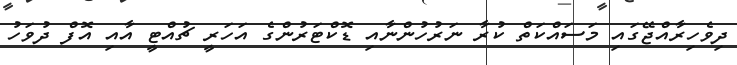
ދިވެހިރާއްޖޭގައި މަސައްކަތް ކުރާ ނަރުހުންނާއި ޑޮކްޓަރުންގެ އަހަރީ ޗުއްޓީ އާއި އޮފް ދުވަހު